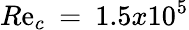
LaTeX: R\mathrm{e}_{c}\: =\: 1.5x10^{5}